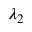
\lambda _ { 2 }